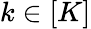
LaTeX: k\in[K]